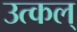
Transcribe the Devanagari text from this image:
उत्कल्